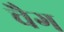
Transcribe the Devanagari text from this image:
चैग